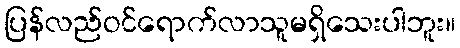
ပြန်လည်ဝင်ရောက်လာသူမရှိသေးပါဘူး။